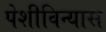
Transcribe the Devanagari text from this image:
पेशीविन्यास